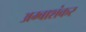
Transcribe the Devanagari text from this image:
अम्बाशंकर